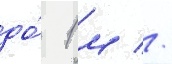
до́ 1 м //